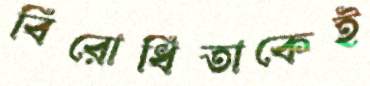
বিরোধিতাকেই